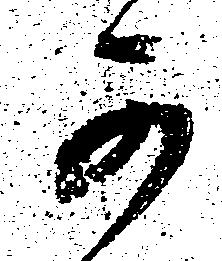
可